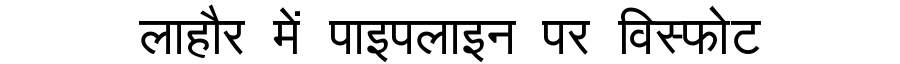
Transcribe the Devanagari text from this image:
लाहौर में पाइपलाइन पर विस्फोट